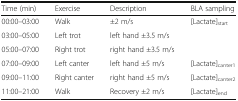
<table><thead><tr><td><b>Time (min)</b></td><td><b>Exercise</b></td><td><b>Description</b></td><td><b>BLA sampling</b></td></tr></thead><tbody><tr><td>00:00–03:00</td><td>Walk</td><td>±2 m/s</td><td>[Lactate]<sub>start</sub></td></tr><tr><td>03:00–05:00</td><td>Left trot</td><td>left hand ±3.5 m/s</td><td></td></tr><tr><td>05:00–07:00</td><td>Right trot</td><td>right hand ±3.5 m/s</td><td></td></tr><tr><td>07:00–09:00</td><td>Left canter</td><td>left hand ±5 m/s</td><td>[Lactate]<sub>canter1</sub></td></tr><tr><td>09:00–11:00</td><td>Right canter</td><td>right hand ±5 m/s</td><td>[Lactate]<sub>canter2</sub></td></tr><tr><td>11:00–21:00</td><td>Walk</td><td>Recovery ±2 m/s</td><td>[Lactate]<sub>end</sub></td></tr></tbody></table>